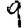
Digit: 9